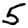
Digit: 5